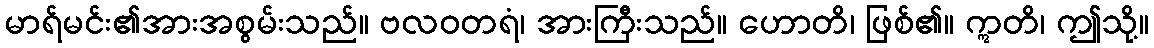
မာရ်မင်း၏အားအစွမ်းသည်။ ဗလဝတရံ၊ အားကြီးသည်။ ဟောတိ၊ ဖြစ်၏။ ဣတိ၊ ဤသို့။